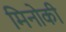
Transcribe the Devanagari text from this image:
मिनोकी